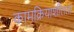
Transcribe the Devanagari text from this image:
कामक्रियाशीलता